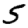
Digit: 5